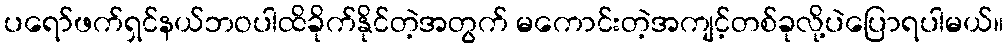
ပရော်ဖက်ရှင်နယ်ဘဝပါထိခိုက်နိုင်တဲ့အတွက် မကောင်းတဲ့အကျင့်တစ်ခုလို့ပဲပြောရပါမယ်။